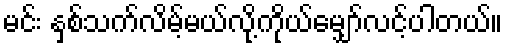
မင်း နှစ်သက်လိမ့်မယ်လို့ကိုယ်မျှော်လင့်ပါတယ်။